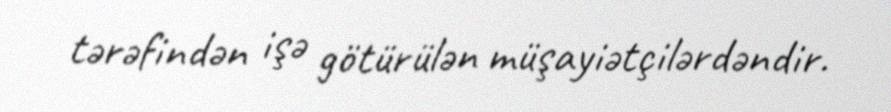
tərəfindən işə götürülən müşayiətçilərdəndir.